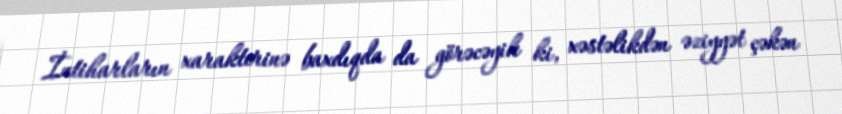
İntiharların xarakterinə baxdıqda da görəcəyik ki, xəstəlikdən əziyyət çəkən